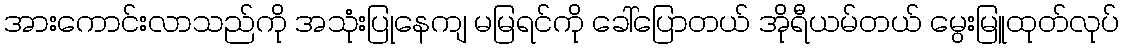
အားကောင်းလာသည်ကို အသုံးပြုနေကျ မမြရင်ကို ခေါ်ပြောတယ် အိုရီယမ်တယ် မွေးမြူထုတ်လုပ်